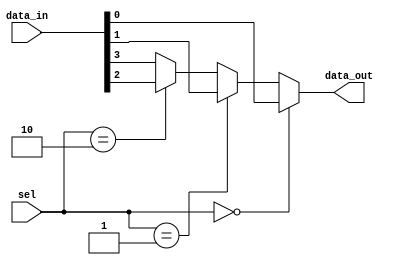
module mux_4to1 (
    input wire [3:0] data_in,
    input wire [1:0] sel,
    output wire data_out
);

assign data_out = (sel == 2'b00) ? data_in[0] :
                  (sel == 2'b01) ? data_in[1] :
                  (sel == 2'b10) ? data_in[2] :
                  data_in[3];

endmodule